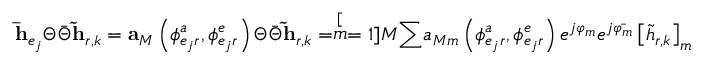
\mathbf { \bar { h } } _ { e _ { j } } \Theta \bar { \Theta } \mathbf { \tilde { h } } _ { r , k } = \mathbf { a } _ { M } \left( \phi _ { e _ { j } r } ^ { a } , \phi _ { e _ { j } r } ^ { e } \right) \Theta \bar { \Theta } \mathbf { \tilde { h } } _ { r , k } = \stackrel [ m = 1 ] { M } { \sum } a _ { M m } \left( \phi _ { e _ { j } r } ^ { a } , \phi _ { e _ { j } r } ^ { e } \right) e ^ { j \varphi _ { m } } e ^ { j \bar { \varphi _ { m } } } \left[ \tilde { h } _ { r , k } \right] _ { m }